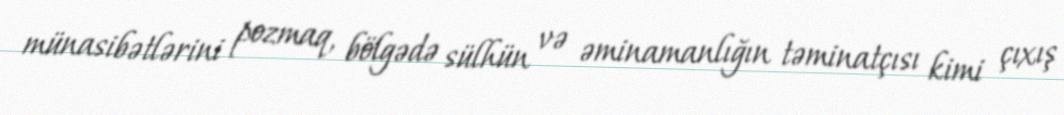
münasibətlərini pozmaq, bölgədə sülhün və əminamanlığın təminatçısı kimi çıxış